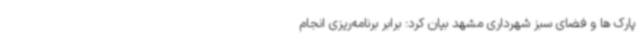
پارک ها و فضای سبز شهرداری مشهد بیان کرد: برابر برنامه‌ریزی انجام